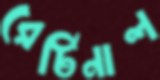
রেটিনাল